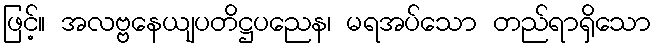
ဖြင့်။ အလဗ္ဗနေယျပတိဋ္ဌပညေန၊ မရအပ်သော တည်ရာရှိသော